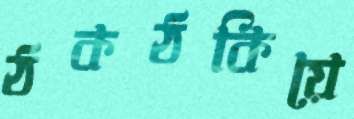
ঠকঠকিয়ে